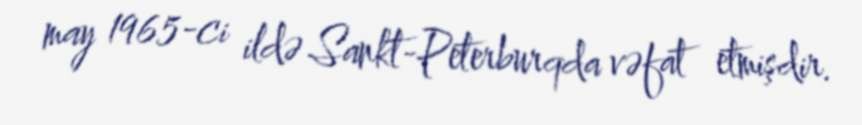
may 1965-ci ildə Sankt-Peterburqda vəfat etmişdir.